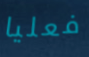
فعليا